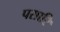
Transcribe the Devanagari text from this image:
पसारि